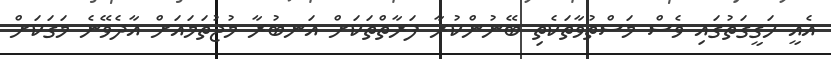
އެއީ ހަގީގަތުގައި ވެސް މަސްތުވާތަކެތި ބޭނުންކުރާ ފަރާތްތަކަށް އަނބުރާ މުޖުތަމައަށް އާދެވޭނެ މަގަކަށް